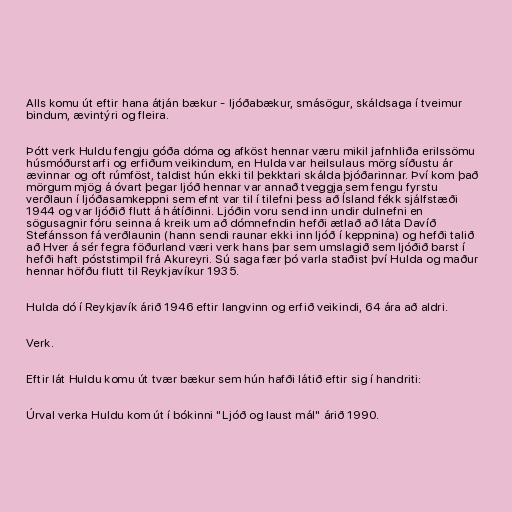
Alls komu út eftir hana átján bækur - ljóðabækur, smásögur, skáldsaga í tveimur
bindum, ævintýri og fleira.

Þótt verk Huldu fengju góða dóma og afköst hennar væru mikil jafnhliða erilssömu
húsmóðurstarfi og erfiðum veikindum, en Hulda var heilsulaus mörg síðustu ár
ævinnar og oft rúmföst, taldist hún ekki til þekktari skálda þjóðarinnar. Því kom það
mörgum mjög á óvart þegar ljóð hennar var annað tveggja sem fengu fyrstu
verðlaun í ljóðasamkeppni sem efnt var til í tilefni þess að Ísland fékk sjálfstæði
1944 og var ljóðið flutt á hátíðinni. Ljóðin voru send inn undir dulnefni en
sögusagnir fóru seinna á kreik um að dómnefndin hefði ætlað að láta Davíð
Stefánsson fá verðlaunin (hann sendi raunar ekki inn ljóð í keppnina) og hefði talið
að Hver á sér fegra föðurland væri verk hans þar sem umslagið sem ljóðið barst í
hefði haft póststimpil frá Akureyri. Sú saga fær þó varla staðist því Hulda og maður
hennar höfðu flutt til Reykjavíkur 1935.

Hulda dó í Reykjavík árið 1946 eftir langvinn og erfið veikindi, 64 ára að aldri.

Verk.

Eftir lát Huldu komu út tvær bækur sem hún hafði látið eftir sig í handriti:

Úrval verka Huldu kom út í bókinni "Ljóð og laust mál" árið 1990.